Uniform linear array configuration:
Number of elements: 24
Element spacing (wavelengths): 1
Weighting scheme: blackman
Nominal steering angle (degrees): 0
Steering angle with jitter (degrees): -0.1912
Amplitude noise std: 0.05
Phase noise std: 0.05

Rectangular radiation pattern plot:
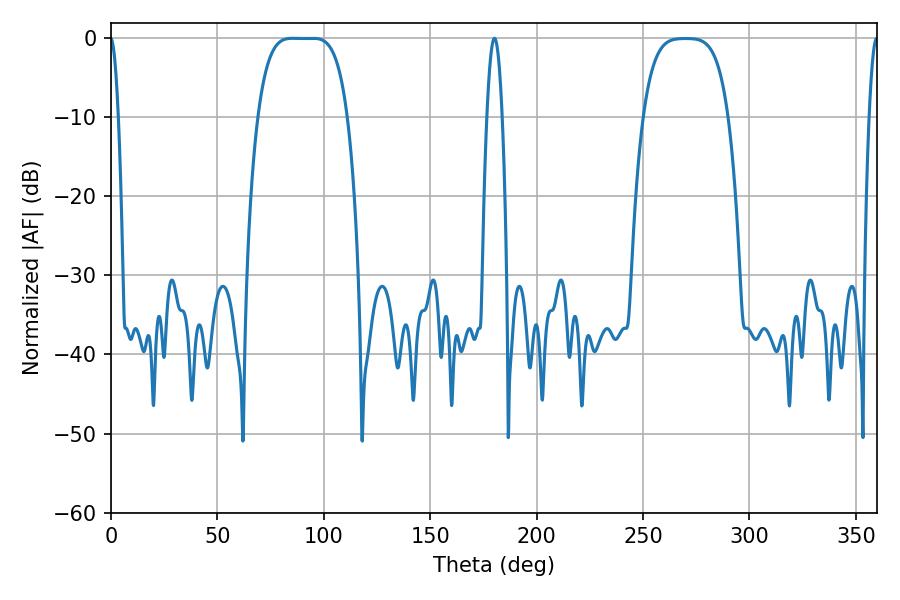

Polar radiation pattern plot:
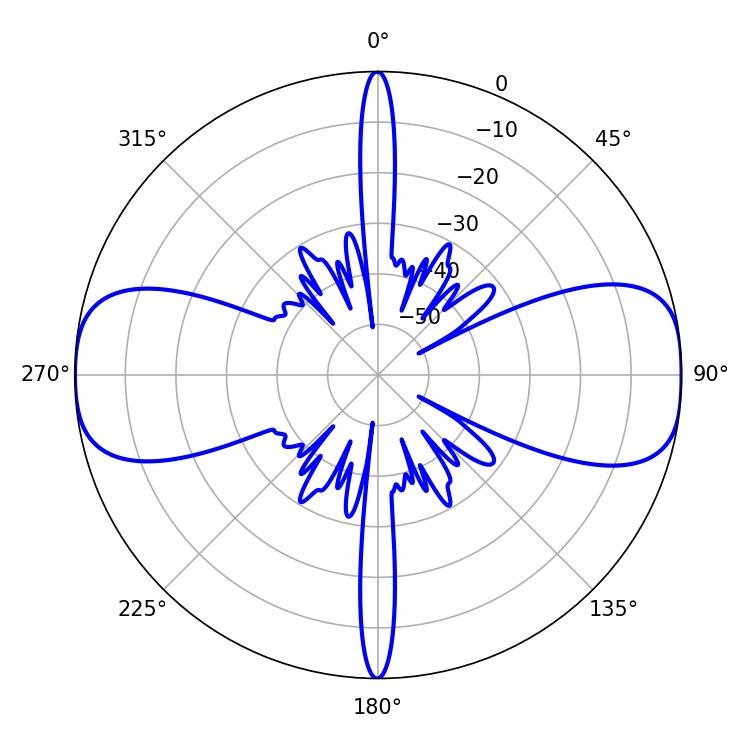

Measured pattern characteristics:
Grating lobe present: TRUE
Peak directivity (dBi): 15.697
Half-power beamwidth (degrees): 32.04
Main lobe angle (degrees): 85.32